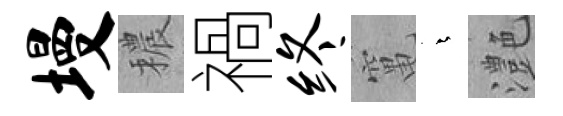
墁穠禍终𥧄燁灔